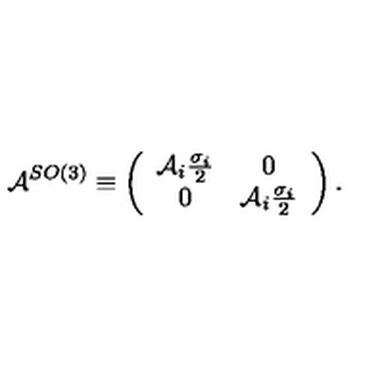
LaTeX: \mathcal { A } ^ { S O ( 3 ) } \equiv \left( \begin{array} { c c } { \mathcal { A } _ { i } \frac { \sigma _ { i } } { 2 } } & { 0 } \\ { 0 } & { \mathcal { A } _ { i } \frac { \sigma _ { i } } { 2 } } \\ \end{array} \right) .